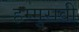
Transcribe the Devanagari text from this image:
हम्मुरावी